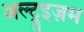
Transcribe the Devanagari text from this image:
अल्ट्रूइज़म